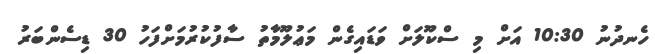
ހެނދުނު 10:30 އަށް މި ސްކޫލަށް ވަޑައިގެން މަޢުލޫމާތު ސާފުކުރުމަށްފަހު 30 ޑިސެންބަރު